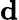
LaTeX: \textbf{d}